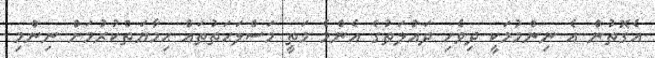
އެގޮތުން އެ ނިންމުމަކީ ދިވެހި ދައުލަތުގެ އެންމެ މަތީ މަސްލަޙަތުތައް ޙިމާޔަތްކުރުމަށް ނިންމި